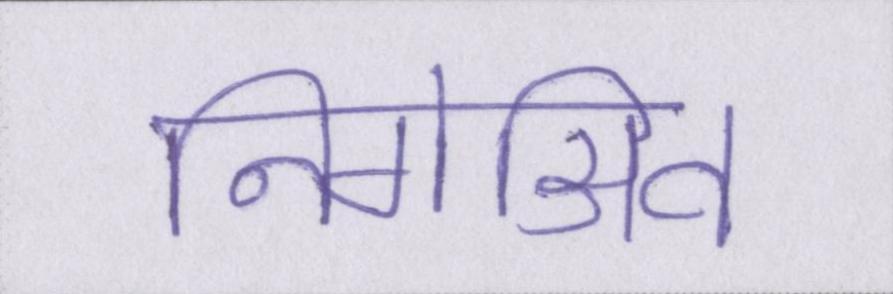
निगेअिव